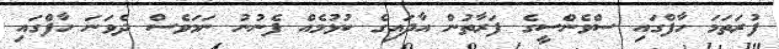
ފުރަތަމަ ހާފްގައި ސްވެންސީގެ ފަރާތުން އާދައިގެ ކުޅުމެއް ފެނުނު ނަމަވެސް ދެވަނަ ހާފްގައި